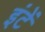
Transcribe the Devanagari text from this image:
इंटें